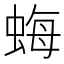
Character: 𧋟